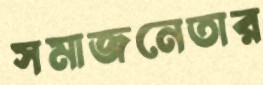
সমাজনেতার